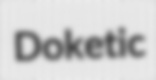
Doketic